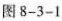
图8-3-1